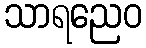
သာရညေဝ